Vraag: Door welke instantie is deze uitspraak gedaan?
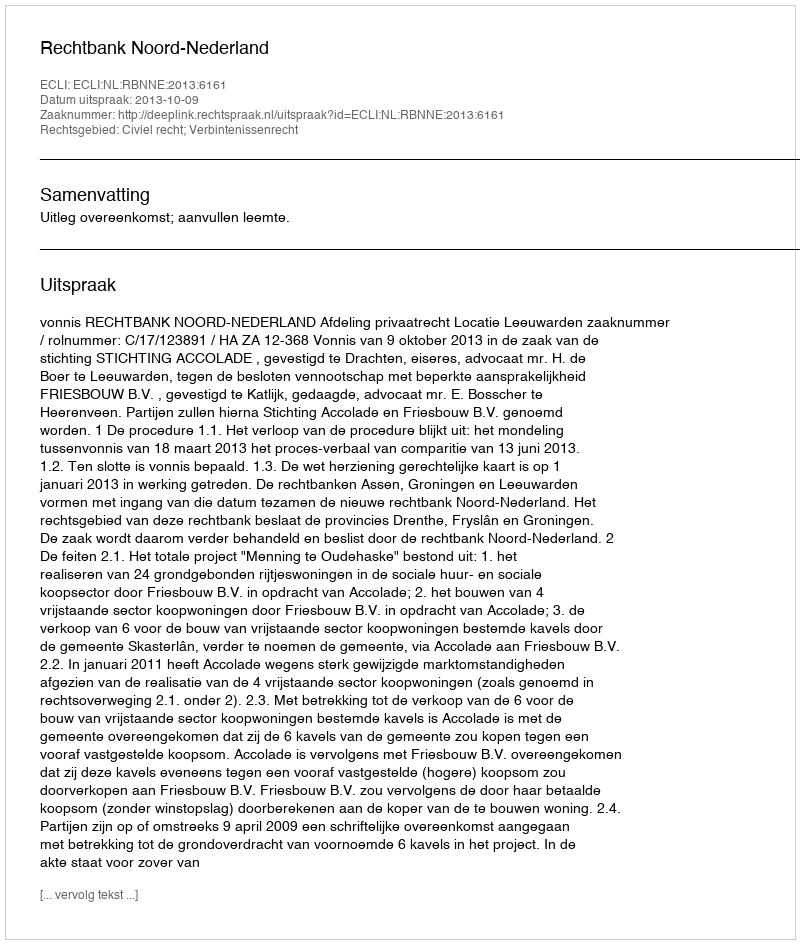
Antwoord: Rechtbank Noord-Nederland